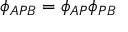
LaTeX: \phi _ { A P B } = \phi _ { A P } \phi _ { P B }